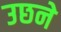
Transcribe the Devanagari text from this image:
उछने